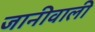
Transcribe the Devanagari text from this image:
जानीवाली